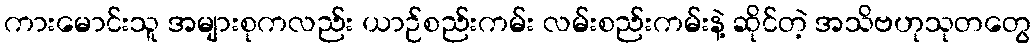
ကားမောင်းသူ အများစုကလည်း ယာဉ်စည်းကမ်း လမ်းစည်းကမ်းနဲ့ ဆိုင်တဲ့ အသိဗဟုသုတတွေ